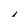
Character: i